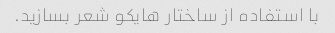
با استفاده از ساختار هایکو شعر بسازید.